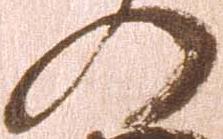
の